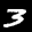
Label: 3